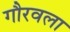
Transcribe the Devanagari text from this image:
गौरवला